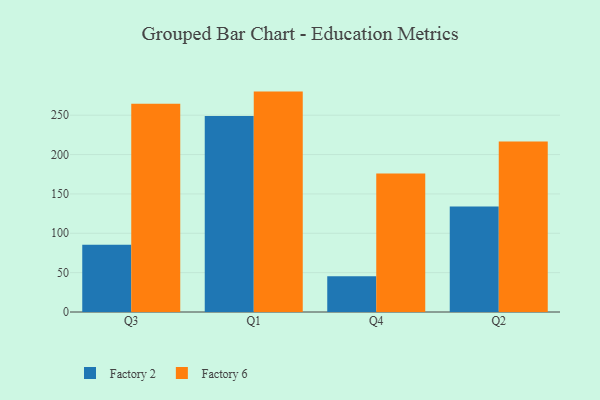
{"axis": {"x": "Quarter", "y": "Churn Rate (%)"}, "legend": ["Factory 2", "Factory 6"], "data": [{"x": "Q3", "y": 85.4, "type": "Factory 2"}, {"x": "Q3", "y": 264.5, "type": "Factory 6"}, {"x": "Q1", "y": 249.0, "type": "Factory 2"}, {"x": "Q1", "y": 280.0, "type": "Factory 6"}, {"x": "Q4", "y": 45.3, "type": "Factory 2"}, {"x": "Q4", "y": 176.1, "type": "Factory 6"}, {"x": "Q2", "y": 133.9, "type": "Factory 2"}, {"x": "Q2", "y": 216.5, "type": "Factory 6"}]}